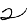
Digit: 2